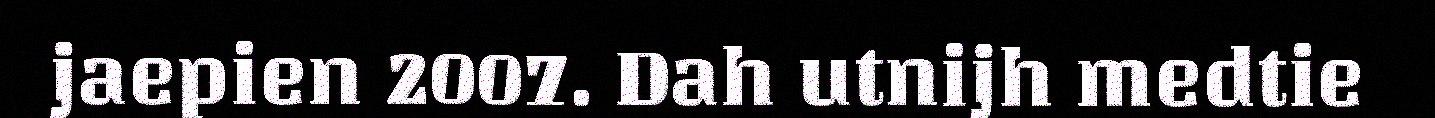
jaepien 2007. Dah utnijh medtie